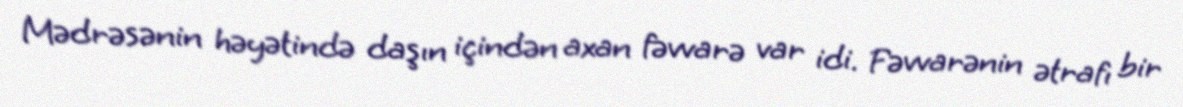
Mədrəsənin həyətində daşın içindən axan fəvvarə var idi. Fəvvarənin ətrafı bir